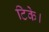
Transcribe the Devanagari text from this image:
टिके।